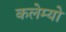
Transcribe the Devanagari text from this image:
कलेम्यो